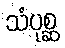
သံပုစ္ဆ